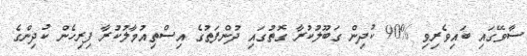
ސާވޭގައި ބައިވެރިވި %90 ކުދިން ގަބޫލުކުރާ ގޮތުގައި ދުންފަތުގެ އިސްތިއުމާލުކުރާ ފިރިހެން ކުދިންގެ